Code of medical and sanitary regulations for the guidance of medical officers serving in the Madras Presidency - Volume I
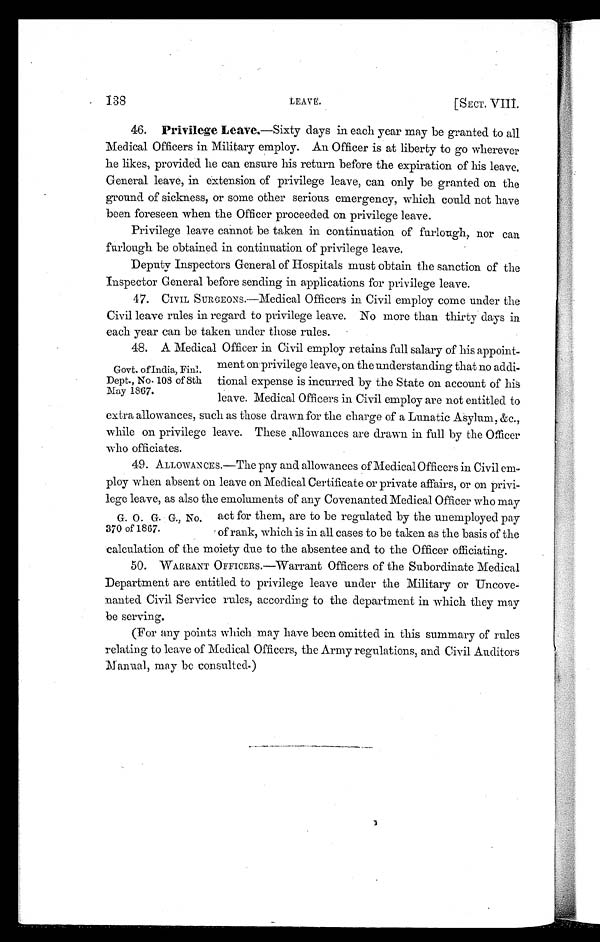
138
LEAVE.
[SECT. VIII.
46. Privilege Leave.—Sixty days in each year may be granted to all
Medical Officers in Military employ. An Officer is at liberty to go wherever
he likes, provided he can ensure his return before the expiration of his leave.
General leave, in extension of privilege leave, can only be granted on the
ground of sickness, or some other serious emergency, which could not have
been foreseen when the Officer proceeded on privilege leave.
Privilege leave cannot be taken in continuation of furlough, nor can
furlough be obtained in continuation of privilege leave.
Deputy Inspectors General of Hospitals must obtain the sanction of the
Inspector General before sending in applications for privilege leave.
47. Civil SURGEONS.—Medical Officers in Civil employ come under the
Civil leave rules in regard to privilege leave. No more than thirty days in
each year can be taken under those rules.
48. A Medical Officer in Civil employ retains full salary of his appoint-
ment on privilege leave, on the understanding that no addi-
tional expense is incurred by the State on account of his
leave. Medical Officers in Civil employ are not entitled to
extra allowances, such as those drawn for the charge of a Lunatic Asylum, &c.,
while on privilege leave. These allowances are drawn in full by the Officer
who officiates.
49. ALLOWANCES.—The pay and allowances of Medical Officers in Civil em
- ploy when absent on leave on Medical Certificate or private affairs, or on privi-
lege leave, as also the emoluments of any Covenanted Medical Officer who may
act for them, are to be regulated by the unemployed pay
of rank, which is in all cases to be taken as the basis of the
calculation of the moiety due to the absentee and to the Officer officiating.
50. 'WARRANT OFFICERS.—Warrant Officers of the Subordinate Medical
Department are entitled to privilege leave under the Military or Uncove-
nanted Civil Service rules, according to the department in which they may
be serving.
(For any points which may have been omitted in this summary of rules
relating to leave of Medical Officers, the Army regulations, and Civil Auditors
Manual, may be consulted.)
Govt. of India,
Dept., No. 108 of 8th
May 1867.
G. O. G. G., No,
370 of 1867.